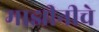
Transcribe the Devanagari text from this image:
माझीनीचे